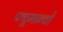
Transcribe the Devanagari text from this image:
फ्युमान्चो